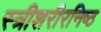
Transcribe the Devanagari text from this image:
स्त्रीशरीरनिष्ठ